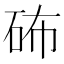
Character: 𥑢